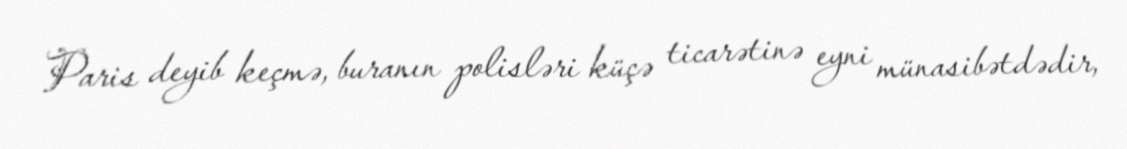
Paris deyib keçmə, buranın polisləri küçə ticarətinə eyni münasibətdədir,